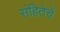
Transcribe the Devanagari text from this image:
संहितेचें